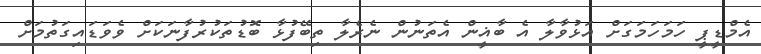
އެމްޑީޕީ ހަމަހަމަގަށް އަޅުވާލާ އެ ބާޣީން އެތަނުން ނެރެލާ ތިބޭފުޅާ ބޮޑުތަކުރުފާނަކަށް ވެވަޑައިގަތުމަށް